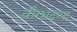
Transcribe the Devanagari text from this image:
वीरभद्रप्पा